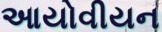
આયોવીયન